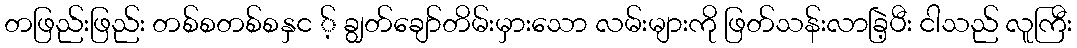
တဖြည်းဖြည်း တစ်စတစ်စနှင ့် ချွတ်ချော်တိမ်းမှားသော လမ်းများကို ဖြတ်သန်းလာခြဲ့ပီး ငါသည် လူကြီး